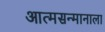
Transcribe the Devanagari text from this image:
आत्मसन्मानाला